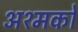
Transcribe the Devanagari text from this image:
अश्मकों